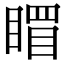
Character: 𥉞